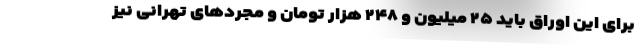
برای این اوراق باید ۲۵ میلیون و ۲۴۸ هزار تومان و مجردهای تهرانی نیز